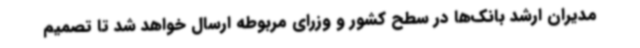
مدیران ارشد بانک‌ها در سطح کشور و وزرای مربوطه ارسال خواهد شد تا تصمیم